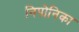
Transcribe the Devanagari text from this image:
निपोनिका